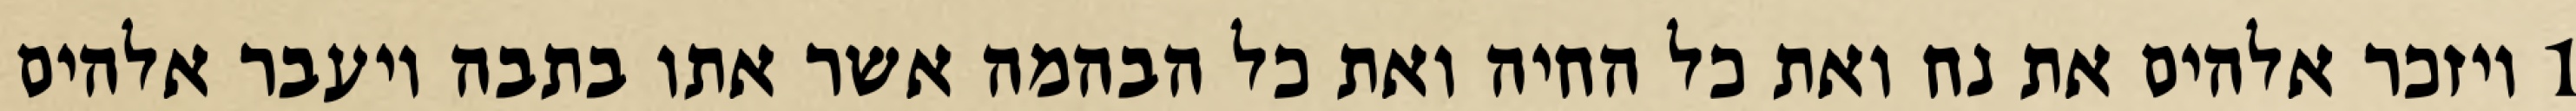
1 ויזכר אלהים את נח ואת כל החיה ואת כל הבהמה אשר אתו בתבה ויעבר אלהים